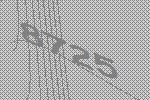
8725